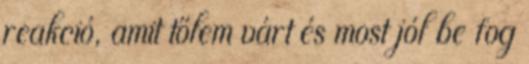
reakció, amit tőlem várt és most jól be fog